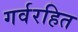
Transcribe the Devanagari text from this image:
गर्वरहित